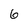
Character: 6